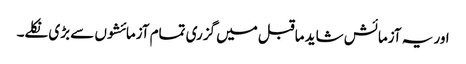
اور یہ آزمائش شاید ماقبل میں گزری تمام آزمائشوں سے بڑی نکلے۔